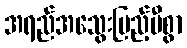
အရည်အသွေးပြည့်မီစွာ